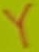
Text: Y